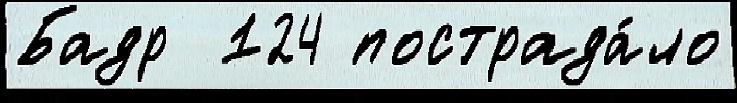
Бадр  124 пострада́ло